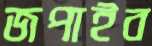
জপাইব